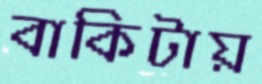
বাকিটায়